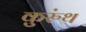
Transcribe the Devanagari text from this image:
कुरुंथ